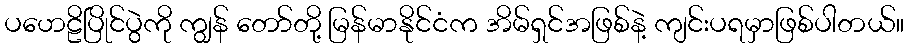
ပဟေဠိပြိုင်ပွဲကို ကျွန် တော်တို့ မြန်မာနိုင်ငံက အိမ်ရှင်အဖြစ်နဲ့ ကျင်းပရမှာဖြစ်ပါတယ်။